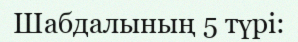
Шабдалының 5 түрі: